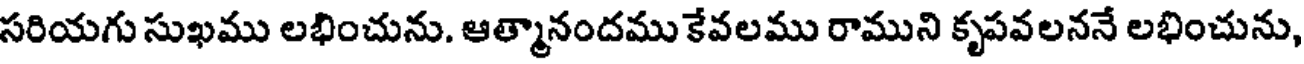
సరియగు సుఖము లభించును. ఆత్మానందము కేవలము రాముని కృపవలననే లభించును,